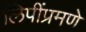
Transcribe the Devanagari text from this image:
लिपींप्रमणे